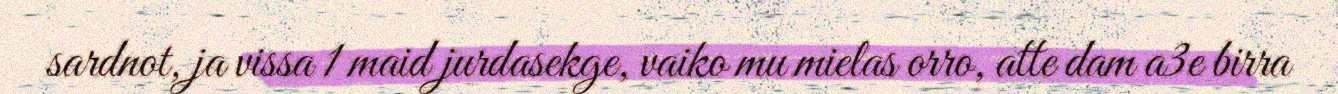
sardnot, ja vissa 1 maid jurdasekge, vaiko mu mielas orro, atte dam a3e birra